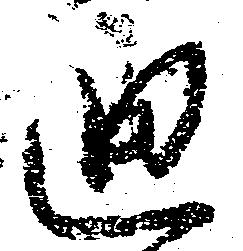
廻